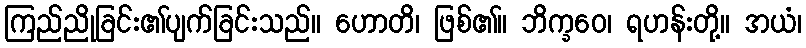
ကြည်ညိုခြင်း၏ပျက်ခြင်းသည်။ ဟောတိ၊ ဖြစ်၏။ ဘိက္ခဝေ၊ ရဟန်းတို့။ အယံ၊